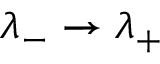
\lambda _ { - } \to \lambda _ { + }